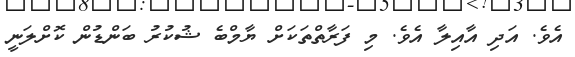
އެވެ. އަދި އާއިލާ އެވެ. މި ފަރާތްތަކަށް ޔާމްބެ ޝުކުރު ބަންޑުން ކޮށްލަނީ